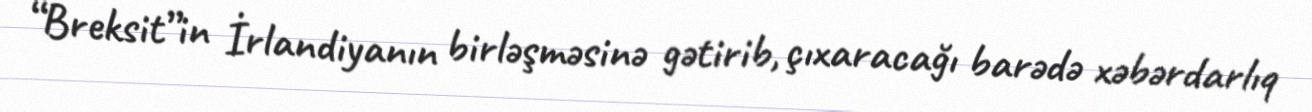
“Breksit”in İrlandiyanın birləşməsinə gətirib, çıxaracağı barədə xəbərdarlıq